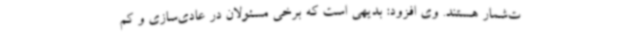
ت‌شمار هستند. وی افزود: بدیهی است که برخی مسئولان در عادی‌سازی و کم